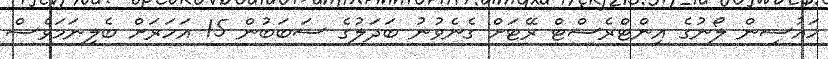
ހައުސިން ލޯނުގެ އިންޓްރެސްޓް ރޭޓަށް ގެނެވުނު ބަދަލުގެ ސަބަބުން 15 އަހަރަށް ބެލިނަމަވެސް